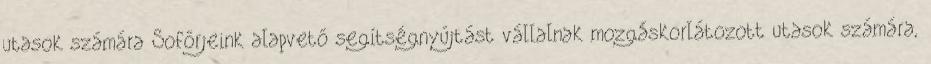
utasok számára Sofőrjeink alapvető segítségnyújtást vállalnak mozgáskorlátozott utasok számára,